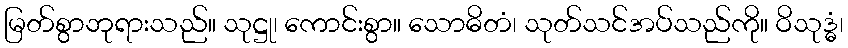
မြတ်စွာဘုရားသည်။ သုဋ္ဌု၊ ကောင်းစွာ။ သောဓိတံ၊ သုတ်သင်အပ်သည်ကို။ ဝိသုဒ္ဓံ၊